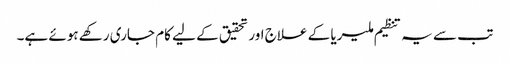
تب سے یہ تنظیم ملیریا کے علاج اور تحقیق کے لیے کام جاری رکھے ہوئے ہے۔